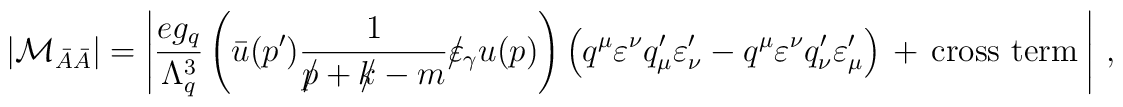
|{\cal M}_{\bar{A}\bar{A}}|= \left|\frac{eg_{\sc q}}{\Lambda_{\sc q}^3}\left(\bar{u}(p')\frac{1}{p\!\!\!/ + k\!\!\!/ -  m}\varepsilon\!\!\!/_{\gamma}u(p)\right)\left(q^{\mu}\varepsilon^{\nu}q'_{\mu}\varepsilon'_{\nu}- q^{\mu}\varepsilon^{\nu}q'_{\nu}\varepsilon'_{\mu}\right)\,+\,\mbox{cross term}\:\right|\,,